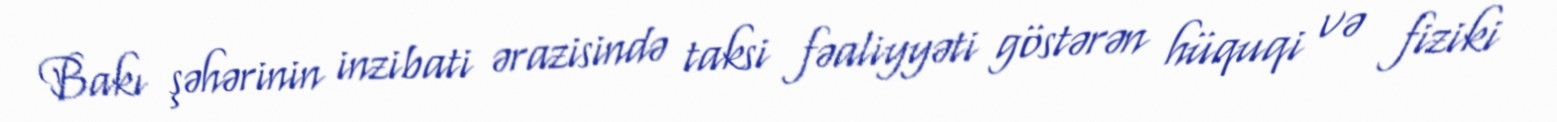
Bakı şəhərinin inzibati ərazisində taksi fəaliyyəti göstərən hüquqi və fiziki